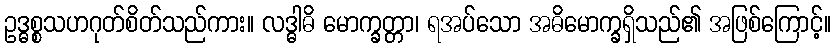
ဥဒ္ဓစ္စသဟဂုတ်စိတ်သည်ကား။ လဒ္ဓါဓိ မောက္ခတ္တာ၊ ရအပ်သော အဓိမောက္ခရှိသည်၏ အဖြစ်ကြောင့်။